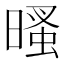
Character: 𣉔